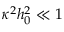
\kappa ^ { 2 } h _ { 0 } ^ { 2 } \ll 1